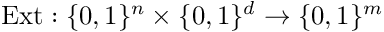
{ \mathrm { E x t } } : \{ 0 , 1 \} ^ { n } \times \{ 0 , 1 \} ^ { d } \to \{ 0 , 1 \} ^ { m }